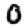
Digit: 0